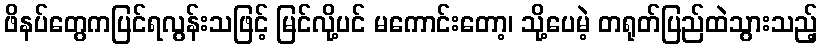
ဖိနပ်တွေကပြင်ရလွန်းသဖြင့် မြင်လို့ပင် မကောင်းတော့၊ သို့ပေမဲ့ တရုတ်ပြည်ထဲသွားသည့်